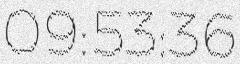
09:53:36